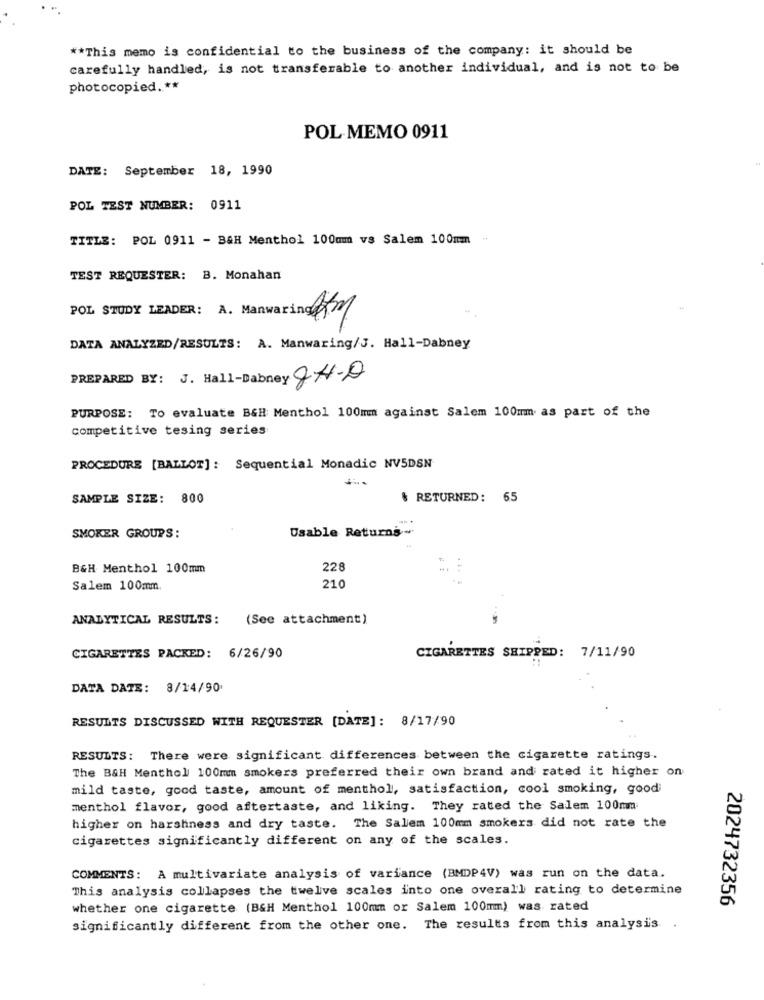
** This memo is confidential to the business of the company: it should be
carefully handled, is not transferable to another individual, and is not to be
photocopied. **
POL MEMO 0911
DATE: September 18, 1990
POL TEST NUMBER: 0911
TITLE: POL 0911 - B&H Menthol 100mm vs Salem 100mm
TEST REQUESTER: B. Monahan
POL STUDY LEADER: A. Manwaring m
DATA ANALYZED/RESULTS: A. Manwaring/J. Hall-Dabney
PREPARED BY: J. Hall-Dabney GH-D
PURPOSE: To evaluate B&H Menthol 100mm against Salem 100mm as part of the
competitive tesing series
PROCEDURE [BALLOT]: Sequential Monadic NV5DSN
SAMPLE SIZE: 800
& RETURNED: 65
Usable Returns-
SMOKER GROUPS:
B&H Menthol 100mm
228
Salem 100mm
210
ANALYTICAL RESULTS: (See attachment)
CIGARETTES PACKED: 6/26/90
CIGARETTES SHIPPED: 7/11/90
DATA DATE: 8/14/90
RESULTS DISCUSSED WITH REQUESTER [DATE]: 8/17/90
RESULTS: There were significant differences between the cigarette ratings.
The B&H Menthol 100mm smokers preferred their own brand and rated it higher on
mild taste, good taste, amount of menthol, satisfaction, cool smoking, good;
menthol flavor, good aftertaste, and liking. They rated the Salem 100mm
higher on harshness and dry taste. The Salem 100mm smokers did not rate the
cigarettes significantly different on any of the scales.
COMMENTS: A multivariate analysis of variance (BMDP4V) was run on the data.
This analysis collapses the twelve scales into one overall rating to determine
2024732356
whether one cigarette (BGH Menthol 100mm or Salem 100mm) was rated
significantly different from the other one. The results from this analysis .